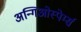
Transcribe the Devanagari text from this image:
अन्गिओस्पेर्म्स